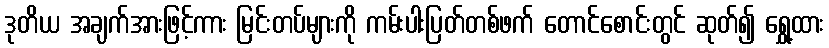
ဒုတိယ အချက်အားဖြင့်ကား မြင်းတပ်များကို ကမ်းပါးပြတ်တစ်ဖက် တောင်စောင်းတွင် ဆုတ်၍ ရွှေ့ထား